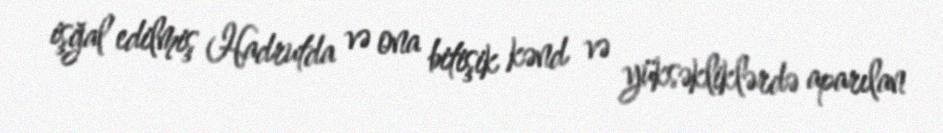
işğal edilmiş Hadrutda və ona bitişik kənd və yüksəkliklərdə aparılan